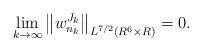
LaTeX: \begin{align*} \lim_{k\to\infty}\left\|w^{J_k}_{n_k}\right\|_{L^{7/2}(R^6\times R)}=0.\end{align*}